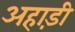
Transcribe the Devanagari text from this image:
अहाड़ी